system: You are a helpful assistant.
user:
Analyze the provided spectrum to determine if it is a **"Cataclysmic Variables (CV)"**.

- **Key Indicators for CV (Check for either state):**
    - **State 1: Quiescent / Low-State (Emission-Dominated)**
        - **(Primary):** Strong and *very broad* Hydrogen Balmer emission lines (e.g., $H\alpha$ at 6563 Å, $H\beta$ at 4861 Å). The 'broadness' (high velocity dispersion, often FWHM > 1000 km/s) is the key diagnostic, indicating a high-velocity accretion disk.
        - **(Secondary):** Broad neutral Helium (He I) emission lines (e.g., 5876 Å, 6678 Å).
        - **(Key Confirmation):** Presence of high-excitation *ionized* Helium (He II) emission at 4686 Å. This is a strong indicator of accretion onto a white dwarf.
        - **(Line Profile):** Emission lines may exhibit a 'double-peaked' profile, which is a classic signature of a rotating accretion disk viewed at high inclination.

    - **State 2: Outburst / High-State (Absorption-Dominated)**
        - **(Primary):** Spectrum is dominated by a bright, blue continuum (looks like a hot star).
        - **(Secondary):** The emission lines from State 1 are weak, absent, or 'filled in', and are replaced by broad, shallow *absorption* lines (primarily Balmer and He I).
        - **(Morphology):** The overall spectrum mimics a hot B/A-type star. The crucial difference is that the absorption lines are significantly broader, shallower, and more 'washed-out' (or 'smeared') than the sharp lines of a normal stellar photosphere, due to high rotational speeds and pressure broadening in the disk.

Think first, call **spectral_visualization_tool** if needed to examine features in detail, then provide your final answer. Your response must adhere to the following strict rules:
1.  **Overall Structure:** Your response must follow the format `<think>...</think> <tool_call>...</tool_call> (if a tool is used) <answer>...</answer>`.
2.  **Tool Usage Constraint:** You may only make **one** tool call per turn.
3.  **Final Answer Format:** In the `<answer>` tag, your conclusion must be inside a `\boxed{}` command (e.g., `\boxed{YES}`), followed by your justification.

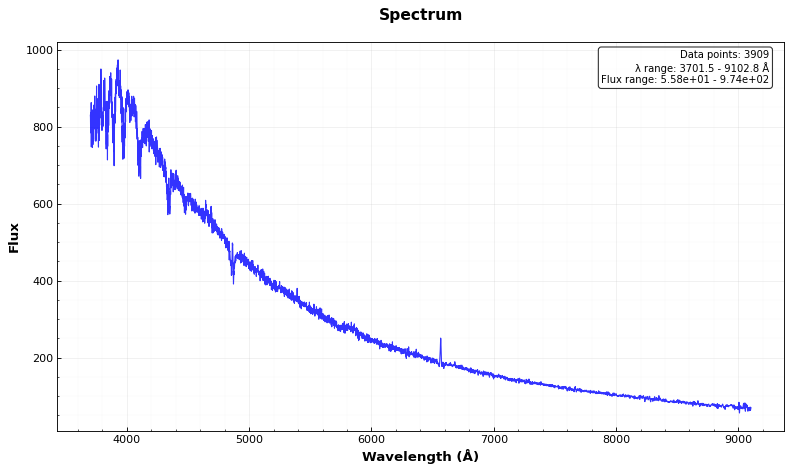
Answer: YES